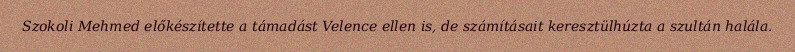
Szokoli Mehmed előkészítette a támadást Velence ellen is, de számításait keresztülhúzta a szultán halála.